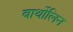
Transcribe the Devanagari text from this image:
बार्थोलिन